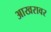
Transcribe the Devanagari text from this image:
आखरावर